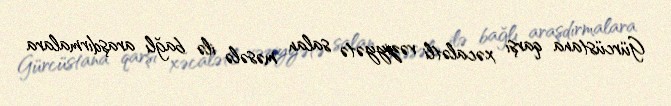
Gürcüstana qarşı xəcalətli vəziyyətə salan məsələ ilə bağlı araşdırmalara